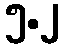
၅.၂